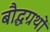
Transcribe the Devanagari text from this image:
बौद्धग्रथों